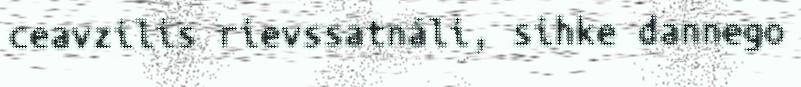
ceavzilis rievssatnáli, sihke dannego